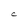
Character: C